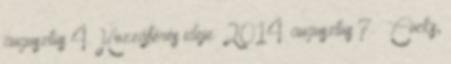
augusztus 4. Hozzáférés ideje: 2014. augusztus 7. ↑ Cocks,